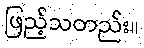
ဖြည့်သတည်း။